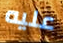
عليه